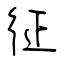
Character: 征